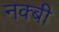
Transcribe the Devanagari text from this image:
नक्बी